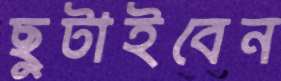
ছুটাইবেন